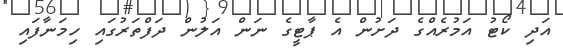
އަދި ކޯޓު އަމުރެއްގެ ދަށުން އެ ޕާޓީގެ ނަން އަލުން ދަފްތަރުގައި ހިމަނާފައި